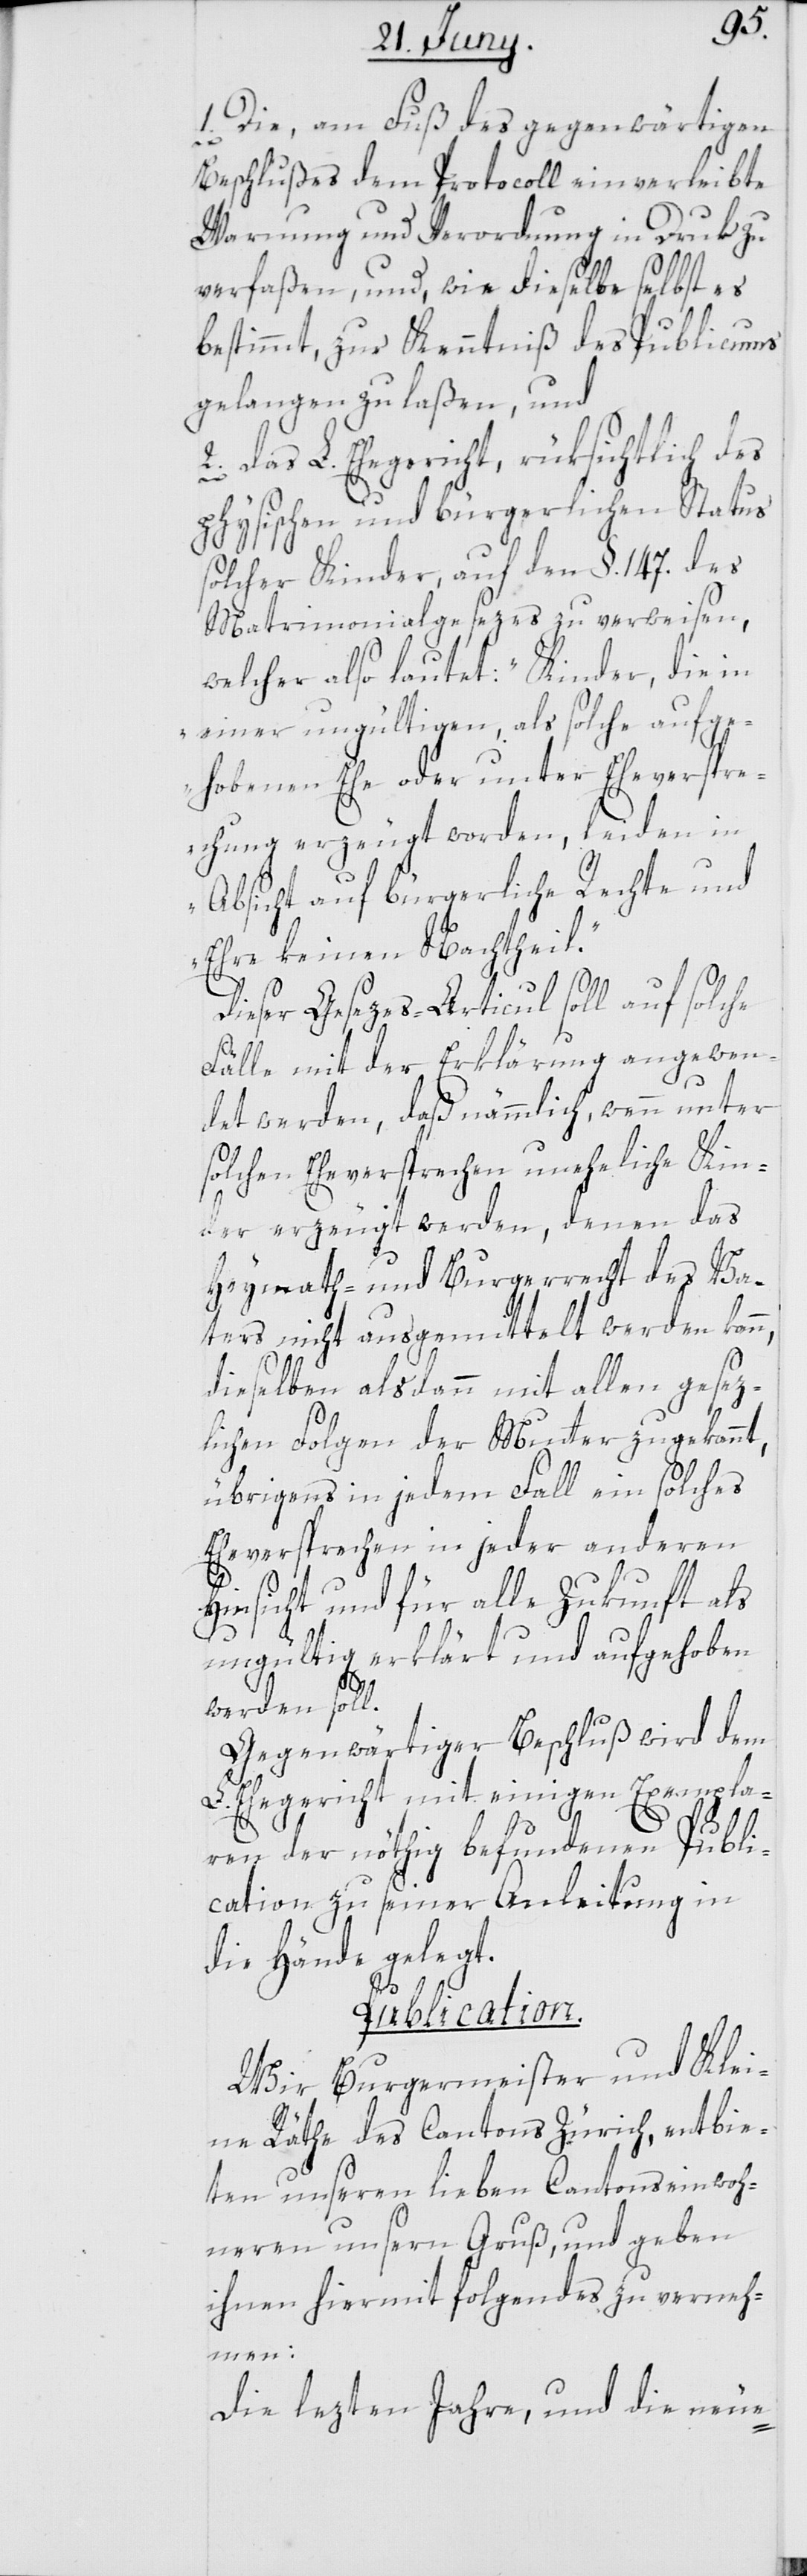
1. Die, am Fuß des gegenwärtigen
Beschlußes dem Protocoll einverleibte
Warnung und Verordnung in Druk zu
verfaßen, und, wie dieselbe selbst es
bestimmt, zur Kenntniß des Publicums
gelangen zu laßen, und
2. das L. Ehegericht, rüksichtlich des
physischen und bürgerlichen Status
solcher Kinder, auf den §. 147. des
Matrimonialgesezes zu verweisen,
welcher also lautet: „Kinder, die in
einer ungültigen, als solche aufge¬
hobenen Ehe oder unter Eheverspr¬
echung erzeugt worden, leiden in
Absicht auf bürgerliche Rechte und
Ehre keinen Nachtheil.“
Dieser Gesezes-Articul soll auf solche
Fälle mit der Erklärung angewen¬
det werden, daß nämmlich, wenn unter
solchen Eheversprechen uneheliche Kin¬
der erzeugt werden, denen das
Heymath- und Burgerrecht des Va¬
ters nicht ausgemittelt werden kann,
dieselben alsdann mit allen gesez¬
lichen Folgen der Mutter zugekannt,
übrigens in jedem Fall ein solches
Eheversprechen in jeder anderen
Hinsicht und für alle Zukunft als
ungültig erklärt und aufgehoben
werden soll.
Gegenwärtiger Beschluß wird dem
L. Ehegericht mit einigen Exempla¬
ren der nöthig befundenen Publi¬
cation zu seiner Anleitung in
die Hände gelegt.
Publication.
Wir Burgermeister und Klei¬
ne Räthe des Cantons Zürich, entbie¬
ten unseren lieben Cantonseinwoh¬
neren unsern Gruß, und geben
ihnen hiermit folgendes zu verneh¬
men:
Die lezten Jahre, und die neue-